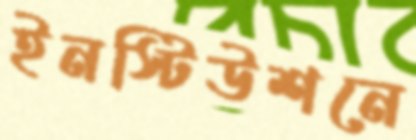
ইনস্টিউশনে